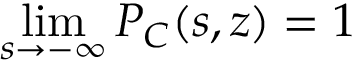
\operatorname* { l i m } _ { s \to - \infty } { \cal P } _ { C } ( s , z ) = 1